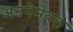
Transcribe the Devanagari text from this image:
अननेमेबल